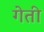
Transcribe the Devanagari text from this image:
गेती